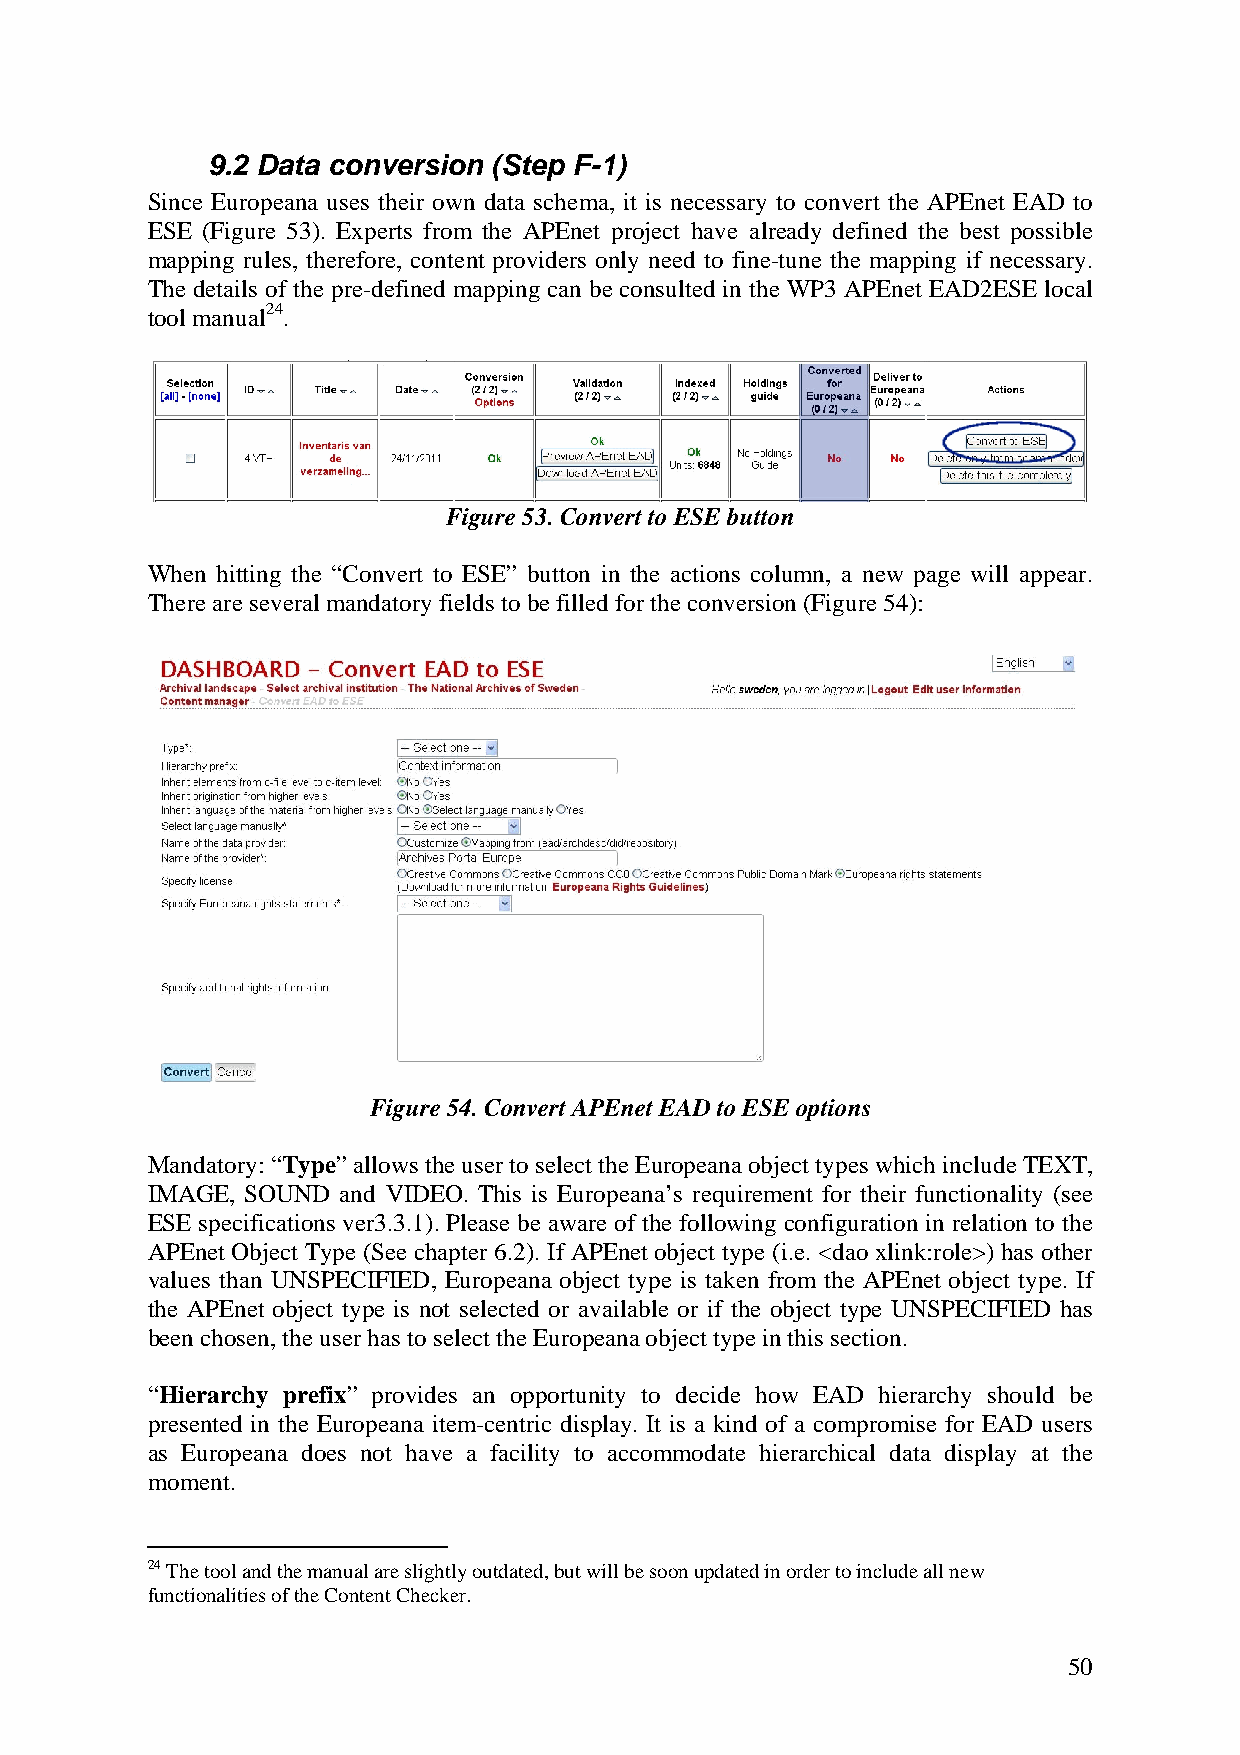
9.2 Data conversion (Step F-1)
 Since Europeana uses their own data schema, it is necessary to convert the APEnet EAD to
 ESE (Figure 53). Experts from the APEnet project have already defined the best possible
 mapping rules, therefore, content providers only need to fine-tune the mapping if necessary.
 The details of the pre-defined mapping can be consulted in the WP3 APEnet EAD2ESE local
 tool manual24.
 Figure 53. Convert to ESE button
 When hitting the “Convert to ESE” button in the actions column, a new page will appear.
 There are several mandatory fields to be filled for the conversion (Figure 54):
 Figure 54. Convert APEnet EAD to ESE options
 Mandatory: “Type” allows the user to select the Europeana object types which include TEXT,
 IMAGE, SOUND and VIDEO. This is Europeana’s requirement for their functionality (see
 ESE specifications ver3.3.1). Please be aware of the following configuration in relation to the
 APEnet Object Type (See chapter 6.2). If APEnet object type (i.e. <dao xlink:role>) has other
 values than UNSPECIFIED, Europeana object type is taken from the APEnet object type. If
 the APEnet object type is not selected or available or if the object type UNSPECIFIED has
 been chosen, the user has to select the Europeana object type in this section.
 “Hierarchy prefix” provides an opportunity to decide how EAD hierarchy should be
 presented in the Europeana item-centric display. It is a kind of a compromise for EAD users
 as Europeana does not have a facility to accommodate hierarchical data display at the
 moment.
 24 The tool and the manual are slightly outdated, but will be soon updated in order to include all new
 functionalities of the Content Checker.
 50